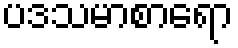
ပဒသမာစာရော